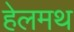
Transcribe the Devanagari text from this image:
हेलमथ